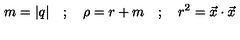
m = | q | \quad ; \quad \rho = r + m \quad ; \quad r ^ { 2 } = { \vec { x } } \cdot { \vec { x } }